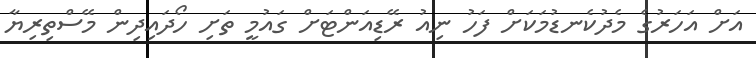
އަށް އަހަރުގެ މެދުކެނޑުމަކަށް ފަހު ނިއު ރޭޑިއަންޓަށް ގައުމީ ތަށި ހޯދައިދިން މޭސްތިރިޔާ